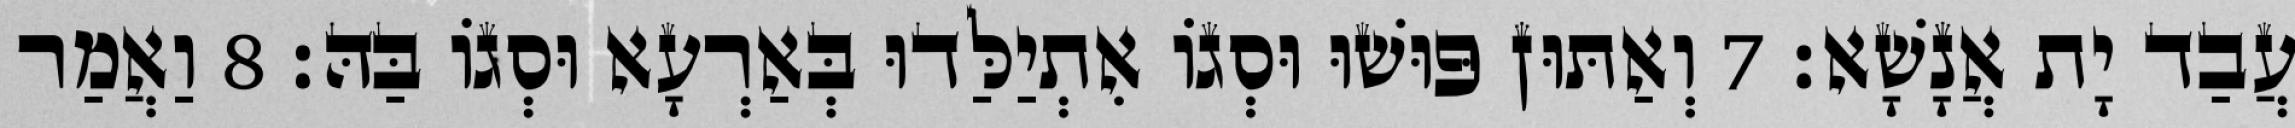
עֲבַד יָת אֲנָשָׁא׃ 7 וְאַתּוּן פּוּשׁוּ וּסְגוֹ אִתְיַלַּדוּ בְּאַרְעָא וּסְגוֹ בַּהּ׃ 8 וַאֲמַר